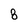
Character: 8